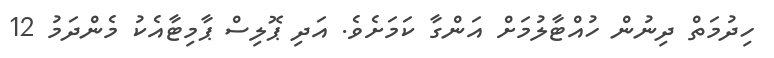
ހިދުމަތް ދިނުން ހުއްޓާލުމަށް އަންގާ ކަމަށެވެ. އަދި ޕޮލިސް ޕާމިޓާއެކު މެންދަމު 12